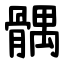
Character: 髃